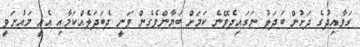
ގަވާއިދުގެ ދަށުން ބަދަލު ނަގައިދެވޭނެ ކަމަށް ބަޔާންވެގެން ވަނީ ދެބަދަލެއްކަމާއި އެއީ މައުނަވީ